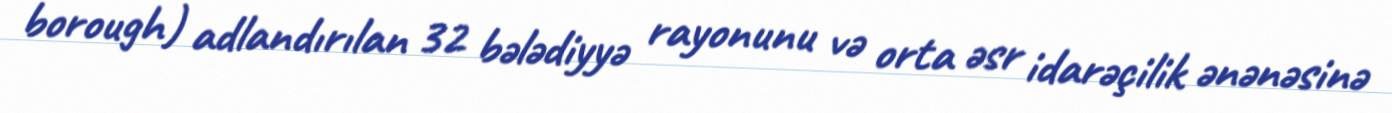
borough) adlandırılan 32 bələdiyyə rayonunu və orta əsr idarəçilik ənənəsinə